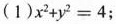
(1)$$x ^ { 2 } + y ^ { 2 } = 4$$；